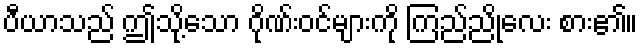
ပီယာသည် ဤသို့သော ဂိုဏ်းဝင်များကို ကြည်ညိုလေး စား၏။